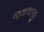
જવાલાજી